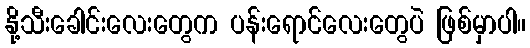
နို့သီးခေါင်းလေးတွေက ပန်းရောင်လေးတွေပဲ ဖြစ်မှာပါ။